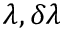
\lambda , \delta \lambda